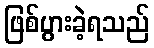
ဖြစ်ပွားခဲ့ရသည်